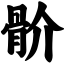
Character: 骱